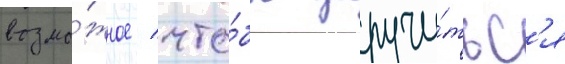
возмо́жное / что́бы заручи́тьс'я